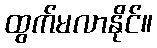
ထွက်မလာနိုင်။